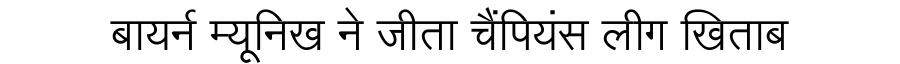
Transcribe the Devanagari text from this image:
बायर्न म्यूनिख ने जीता चैंपियंस लीग खिताब